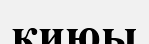
қиюы